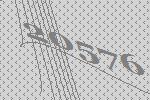
20576